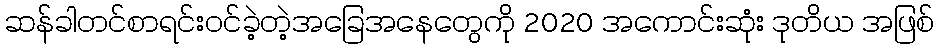
ဆန်ခါတင်စာရင်းဝင်ခဲ့တဲ့အခြေအနေတွေကို 2020 အကောင်းဆုံး ဒုတိယ အဖြစ်